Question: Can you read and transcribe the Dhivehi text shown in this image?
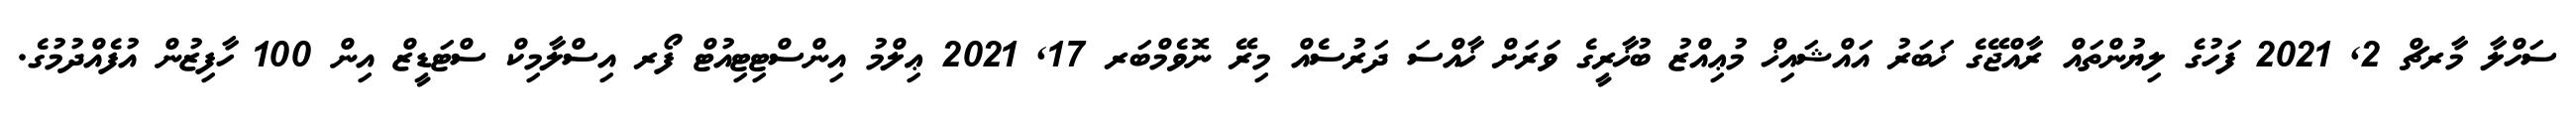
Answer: ސަހްލާ މާރޗް 2, 2021 ފަހުގެ ލިޔުންތައް ރާއްޖޭގެ ޚަބަރު އައްޝައިޚް މުޢިއްޒު ބުޚާރީގެ ވަރަށް ޚާއްސަ ދަރުސެއް މިރޭ ނޮވެމްބަރ 17, 2021 ޢިލްމު އިންސްޓިޓިއުޓް ފޯރ އިސްލާމިކް ސްޓަޑީޒް އިން 100 ހާފިޒުން އުފެއްދުމުގެ.